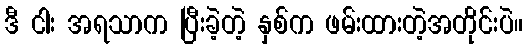
ဒီ ငါး အရသာက ပြီးခဲ့တဲ့ နှစ်က ဖမ်းထားတဲ့အတိုင်းပဲ။